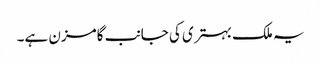
یہ ملک بہتری کی جانب گامزن ہے۔